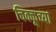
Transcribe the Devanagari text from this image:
चिक्कूच्या